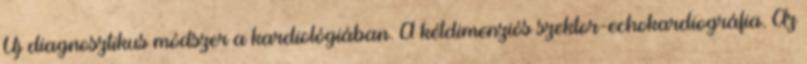
Új diagnosztikus módszer a kardiológiában. A kétdimenziós szektor-echokardiográfia. Az